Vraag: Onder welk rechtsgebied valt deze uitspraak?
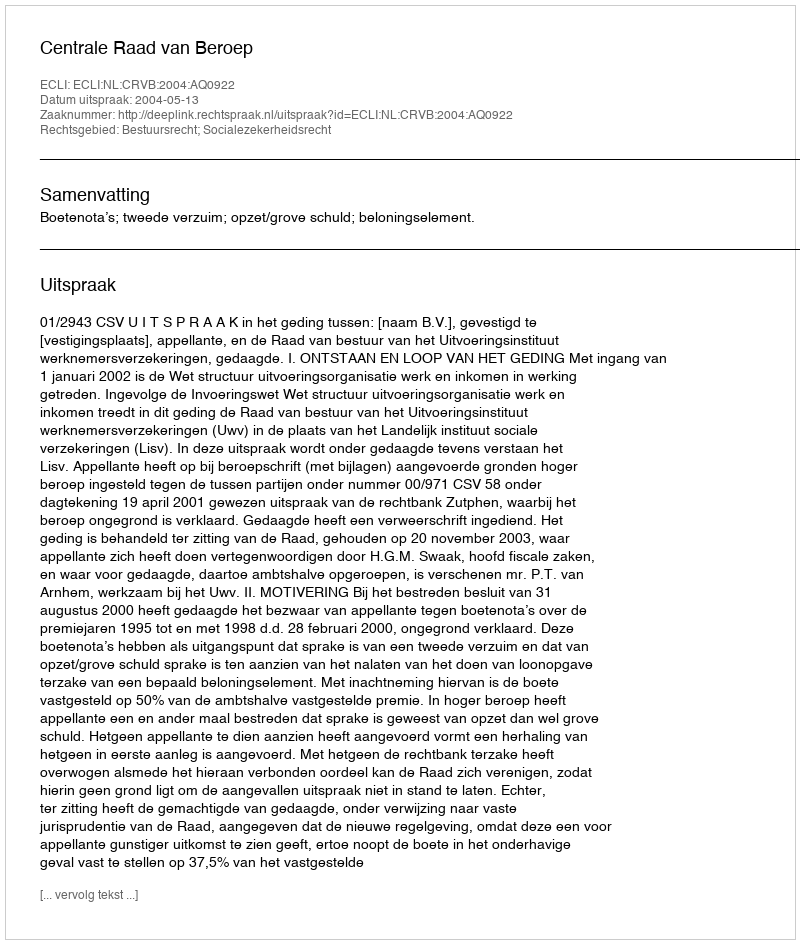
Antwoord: Bestuursrecht; Socialezekerheidsrecht